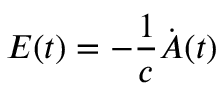
\boldsymbol E ( t ) = - \frac { 1 } { c } \dot { \boldsymbol A } ( t )